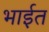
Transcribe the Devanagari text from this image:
भाईत